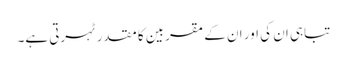
تباہی ان کی اور ان کے مقربین کا مقدر ٹہرتی ہے۔